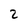
Character: 2